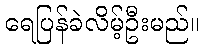
ရေပြန်ခဲလိမ့်ဦးမည်။